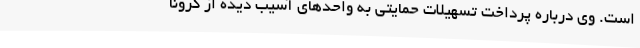
است. وی درباره پرداخت تسهیلات حمایتی به واحدهای آسیب دیده از کرونا